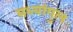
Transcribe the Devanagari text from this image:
मध्यांगुल